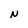
Character: N